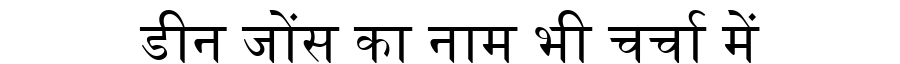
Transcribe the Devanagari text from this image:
डीन जोंस का नाम भी चर्चा में